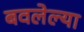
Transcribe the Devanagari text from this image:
बवलेल्या